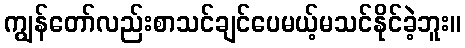
ကျွန်တော်လည်းစာသင်ချင်ပေမယ့်မသင်နိုင်ခဲ့ဘူး။